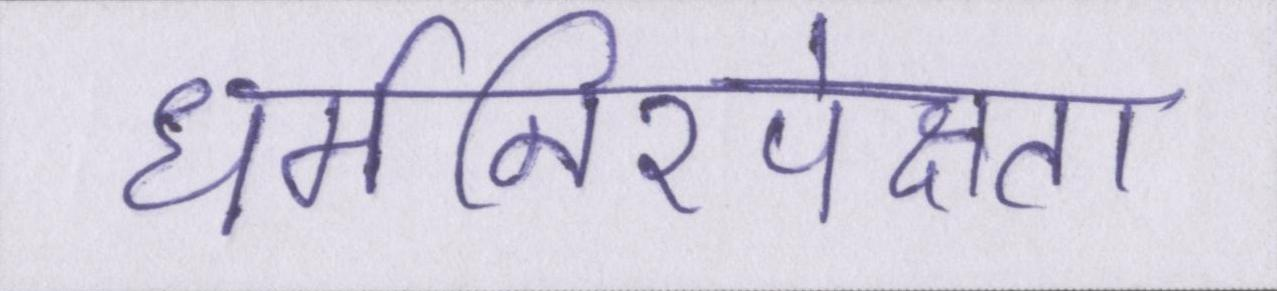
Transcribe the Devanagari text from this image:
धर्मनिरपेक्षता